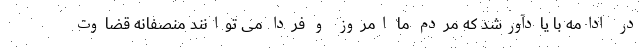
در ادامه با یادآورشد که مردم ما امروز و فردا می توانند منصفانه قضاوت